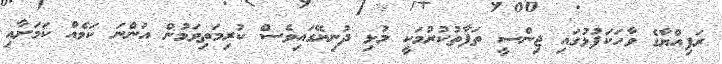
ރަފިއްޔާގެ ވާހަކަފުޅުގައި ޖިންސީ ތަފާތުކުރުމަކީ މުޅި ދުނިޔޭގައިވެސް ކުރިމަތިވަމުން އަންނަ ކަމެއް ކަމަށާއި